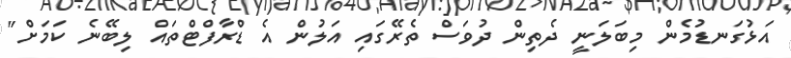
އަޅުގަނޑުމެން މިބަލަނީ ދެތިން ދުވަސް ތެރޭގައި އަލުން އެ ޑްރާފްޓްތައް ލިބޭނެ ކަމަށް"